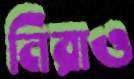
নিরাও